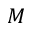
M